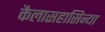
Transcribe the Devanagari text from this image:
कैलासहासिन्या